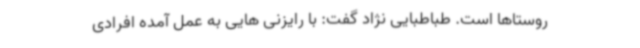
روستاها است. طباطبایی نژاد گفت: با رایزنی هایی به عمل آمده افرادی